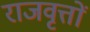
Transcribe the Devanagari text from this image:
राजवृत्तों